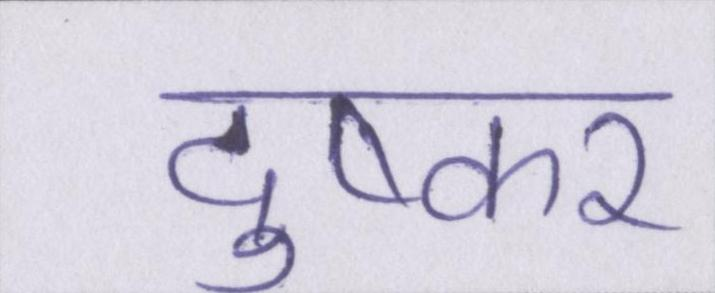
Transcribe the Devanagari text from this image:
दुष्कर